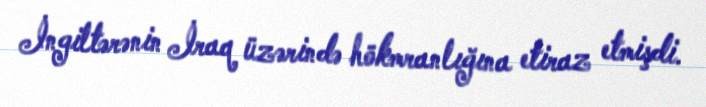
İngiltərənin İraq üzərində hökmranlığına etiraz etmişdi.